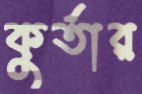
কুর্তার